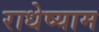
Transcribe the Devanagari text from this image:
राधेष्याम